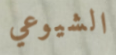
الشيوعي